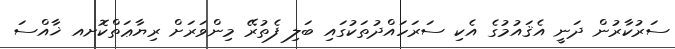
ސަރުކާރުން ދަނީ އެޤައުމުގެ އެކި ސަރަހައްދުތަކުގައި ބަލި ފެތުރޭ މިންވަރަށް ރިޔާޢަތްކޮށއ ޚާއްސަ